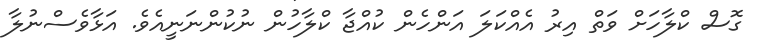
ގޮސް ކްލާހަށް ވަތް އިރު އެއްކަލަ އަންހެން ކުއްޖާ ކްލާހުން ނުކުންނަނީއެވެ. އަޅާވެސްނުލާ